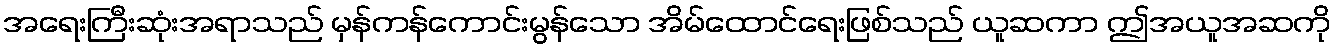
အရေးကြီးဆုံးအရာသည် မှန်ကန်ကောင်းမွန်သော အိမ်ထောင်ရေးဖြစ်သည် ယူဆကာ ဤအယူအဆကို